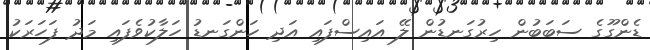
ޑެންގޫގެ ސަބަބުން ހިރުގަނޑުން ލޭ އައިސްފައި އަދި ހަންގަނޑު ހަލާކުވެފައި މަދު ފަހަރަކު